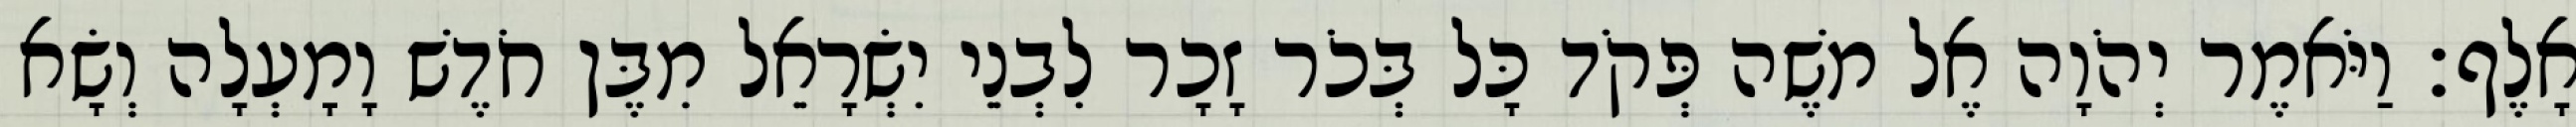
אָלֶף׃ וַיֹּאמֶר יְהֹוָה אֶל משֶׁה פְּקֹד כָּל בְּכֹר זָכָר לִבְנֵי יִשְׂרָאֵל מִבֶּן חֹדֶשׁ וָמָעְלָה וְשָׂא